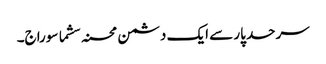
سرحد پار سے ایک دشمن محسنہ سشما سوراج۔